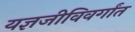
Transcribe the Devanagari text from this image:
यज्ञजीविवर्गांत